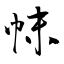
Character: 帓